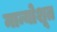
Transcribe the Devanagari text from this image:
मान्योशूत